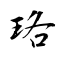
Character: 珞